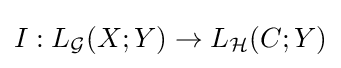
I:L_{\mathcal {G}}(X;Y)\to L_{\mathcal {H}}(C;Y)